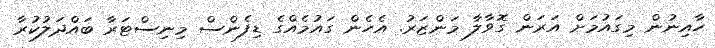
ހާއިނުން މިގައުމަށް އަރަން ގޮވާލާ މަންޒަރު. އެހެން ގައުމެއްގެ ޑިފެންސް މިނިސްޓަރާ ބައްދަލުކުރާ